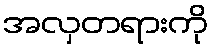
အလှတရားကို